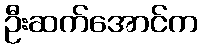
ဦးဆက်အောင်က